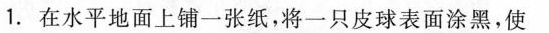
1.在水平地面上铺一张纸，将一只皮球表面涂黑，使